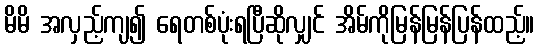
မိမိ အလှည့်ကျ၍ ရေတစ်ပုံးရပြီဆိုလျှင် အိမ်ကိုမြန်မြန်ပြန်ထည့်။